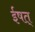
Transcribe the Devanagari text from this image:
ईषत्‌